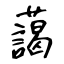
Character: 藹